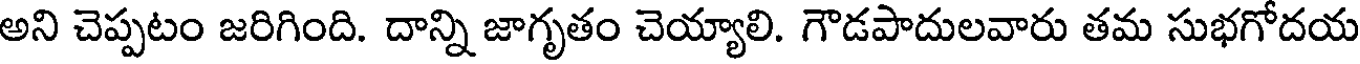
అని చెప్పటం జరిగింది. దాన్ని జాగృతం చెయ్యాలి. గౌడపాదులవారు తమ సుభగోదయ